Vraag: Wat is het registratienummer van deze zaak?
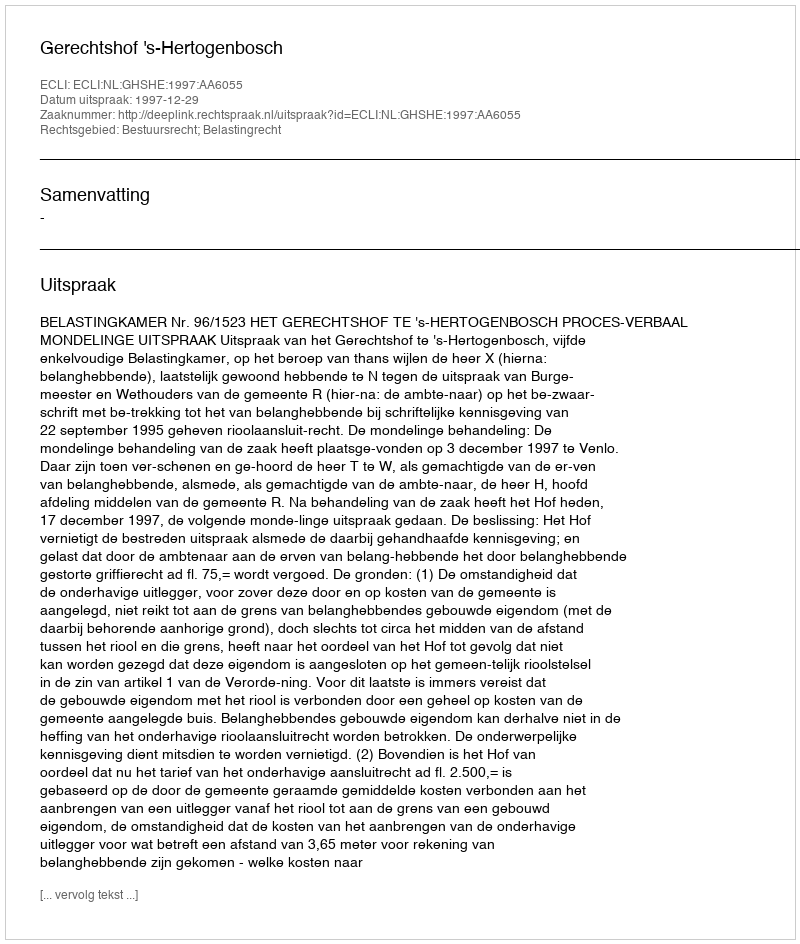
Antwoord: http://deeplink.rechtspraak.nl/uitspraak?id=ECLI:NL:GHSHE:1997:AA6055